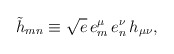
\begin{align*}\tilde h_{mn} \equiv \sqrt{e}\, e_m^{\mu}\, e_n^{\nu}\, h_{\mu \nu},\end{align*}